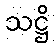
သဋ္ဌိ